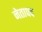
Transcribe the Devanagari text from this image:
नेतापद